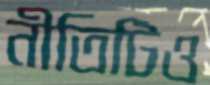
নীতিটিও